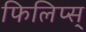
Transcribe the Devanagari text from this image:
फिलिप्स्